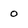
Character: 0